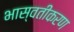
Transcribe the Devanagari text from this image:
भास्वतीकरण